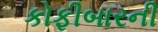
કોફીબારની